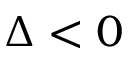
\Delta < 0